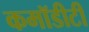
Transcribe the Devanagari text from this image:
कमॉडीटी